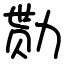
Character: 勚